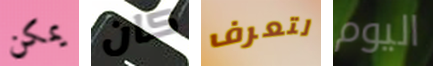
يمكن كان لتعرف اليوم